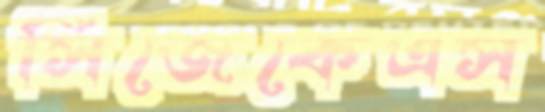
সিজেকেএস